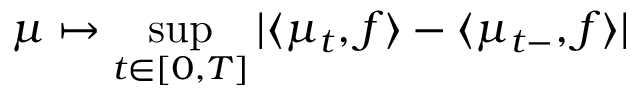
\mu \mapsto \operatorname* { s u p } _ { t \in [ 0 , T ] } | \langle \mu _ { t } , f \rangle - \langle \mu _ { t - } , f \rangle |